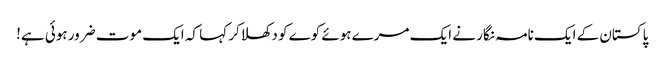
پاکستان کے ایک نامہ نگار نے ایک مرے ہوئے کوے کو دکھلاکر کہا کہ ایک موت ضرور ہوئی ہے!